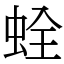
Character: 𧊲